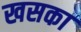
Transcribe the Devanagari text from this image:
खसका